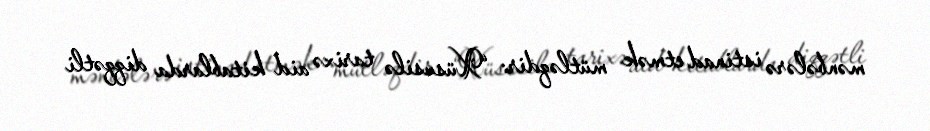
mənbələrə istinad etmək mütləqdir: “Xüsusilə tarixə aid kitablarda diqqətli